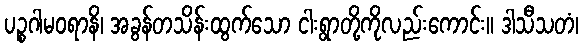
ပဉ္စဂါမဝရာနိ၊ အခွန်တသိန်းထွက်သော ငါးရွာတို့ကိုလည်းကောင်း။ ဒါသီသတံ၊